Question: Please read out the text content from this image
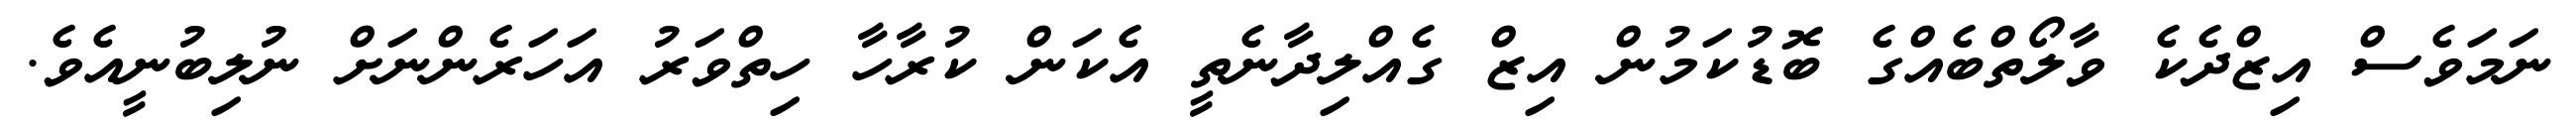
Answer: ނަމަވެސް އިޒްދެކެ ވާލޯތްބެއްގެ ބޮޑުކަމުން އިޒް ގެއްލިދާނެތީ އެކަން ކުރާހާ ހިތްވަރު އަހަރެންނަށް ނުލިބުނީއެވެ.